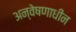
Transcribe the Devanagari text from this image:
अन्वेषणाधीन